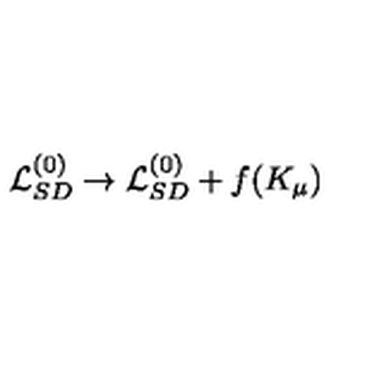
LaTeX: { \cal L } _ { S D } ^ { ( 0 ) } \to { \cal L } _ { S D } ^ { ( 0 ) } + f ( K _ { \mu } )